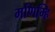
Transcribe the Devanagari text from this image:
मणिम्हि